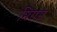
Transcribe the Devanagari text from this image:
मिरास